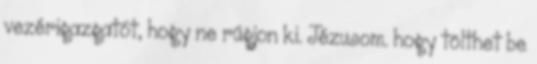
vezérigazgatót, hogy ne rúgjon ki. Jézusom. hogy tölthet be